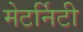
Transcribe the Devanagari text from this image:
मेटर्निटी